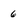
Character: 6